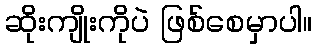
ဆိုးကျိုးကိုပဲ ဖြစ်စေမှာပါ။